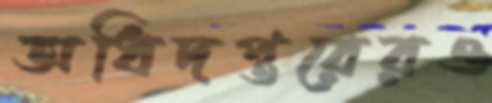
অধিদপ্তরেরও